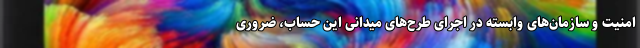
امنیت و سازمان‌های وابسته در اجرای طرح‌های میدانی این حساب، ضروری